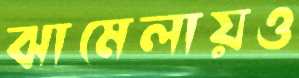
ঝামেলায়ও